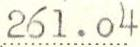
261.04